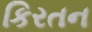
કિરતન